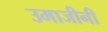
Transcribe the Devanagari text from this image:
उमाजीनी